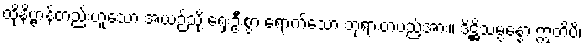
ထိုနိဗ္ဗာန်တည်းဟူသော အယဉ်သို့ ရှေးဦးစွာ ရောက်သော ဘုရားတပည့်အား။ ဒိဋ္ဌိသမ္ပန္နော ဣတိပိ၊